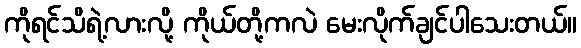
ကိုရင်သိရဲ့လားလို့ ကိုယ်တို့ကလဲ မေးလိုက်ချင်ပါသေးတယ်။